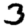
Digit: 3